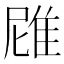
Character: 𮥻